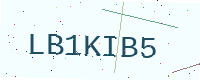
Text: LB1KIB5